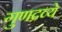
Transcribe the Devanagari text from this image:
गुणद्रव्ये